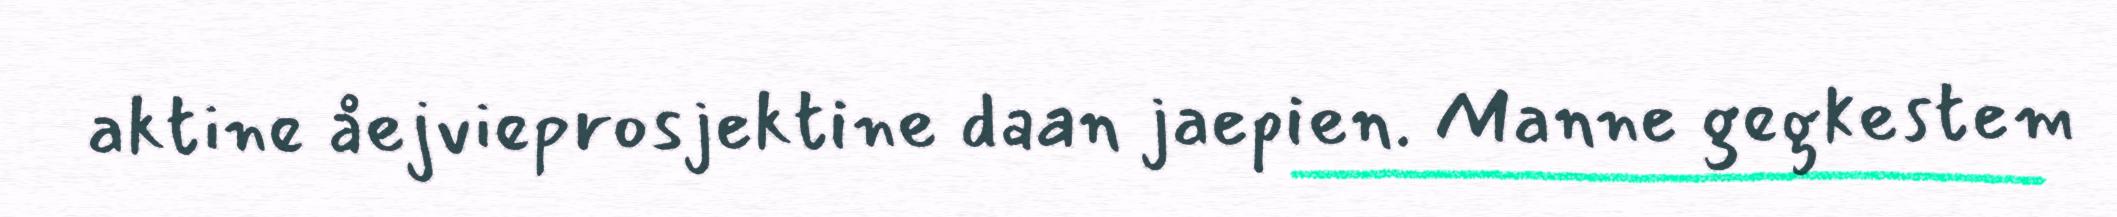
aktine åejvieprosjektine daan jaepien. Manne gegkestem